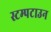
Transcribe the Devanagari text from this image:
स्टम्पटाउन